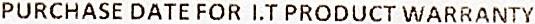
PURCHASE DATE FOR I.T PRODUCT WARRANTY